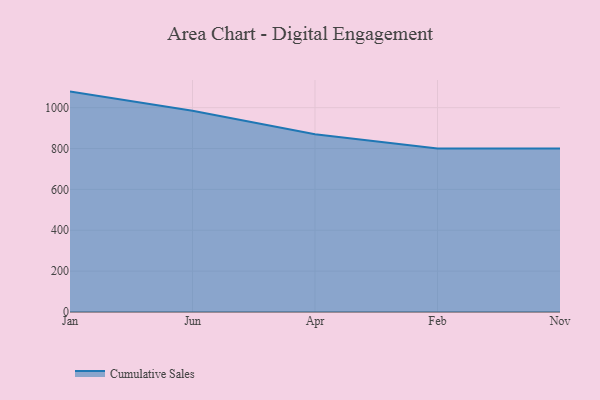
{"axis": {"x": "Month", "y": "Market Share (%)"}, "legend": ["Cumulative Sales"], "data": [{"x": "Jan", "y": 1078.6, "type": "Cumulative Sales"}, {"x": "Jun", "y": 984.8, "type": "Cumulative Sales"}, {"x": "Apr", "y": 869.5, "type": "Cumulative Sales"}, {"x": "Feb", "y": 800, "type": "Cumulative Sales"}, {"x": "Nov", "y": 800, "type": "Cumulative Sales"}]}